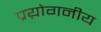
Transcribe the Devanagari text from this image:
प्रय़ोगनीय